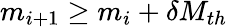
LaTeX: m_{i+1}\ge m_{i}+\delta M_{th}